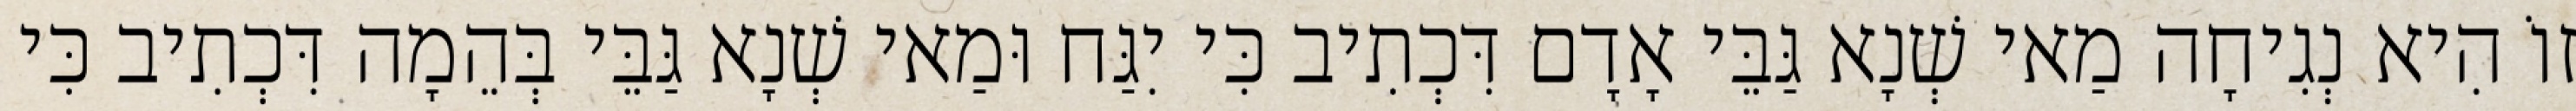
זוֹ הִיא נְגִיחָה מַאי שְׁנָא גַּבֵּי אָדָם דִּכְתִיב כִּי יִגַּח וּמַאי שְׁנָא גַּבֵּי בְּהֵמָה דִּכְתִיב כִּי